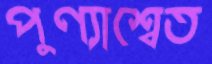
পুণ্যাশ্বেত